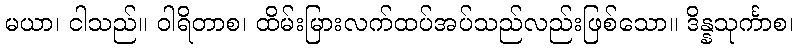
မယာ၊ ငါသည်။ ဝါရိတာစ၊ ထိမ်းမြားလက်ထပ်အပ်သည်လည်းဖြစ်သော။ ဒိန္နသုင်္ကာစ၊